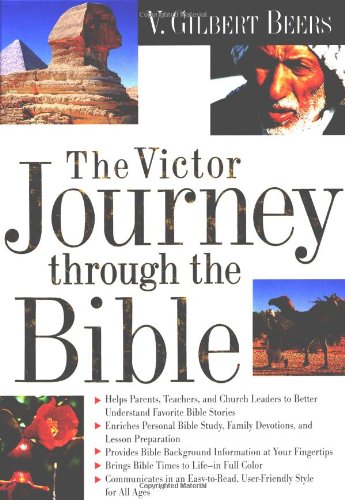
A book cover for The Victor Journey through the Bible; V. Gilbert Beers; Reference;